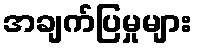
အချက်ပြမှုများ